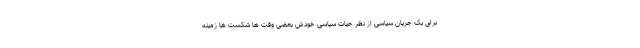
برای یک جریان سیاسی از نظر حیات سیاسی خودش بعضی وقت ها شکست ها زمینه